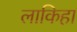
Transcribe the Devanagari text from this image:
लाकिहा